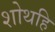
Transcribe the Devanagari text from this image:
शोथहि